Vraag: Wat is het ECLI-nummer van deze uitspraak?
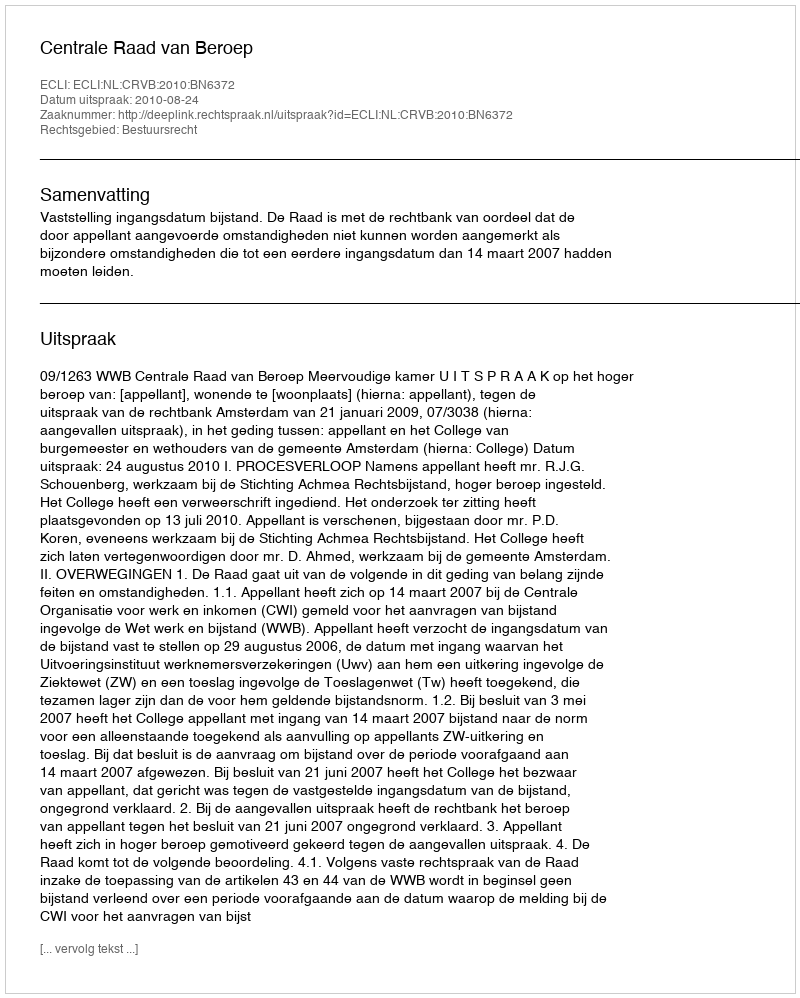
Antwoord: ECLI:NL:CRVB:2010:BN6372